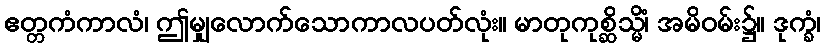
ဧတ္တကံကာလံ၊ ဤမျှလောက်သောကာလပတ်လုံး။ မာတုကုစ္ဆိသ္မိံ၊ အမိဝမ်း၌။ ဒုက္ခံ၊